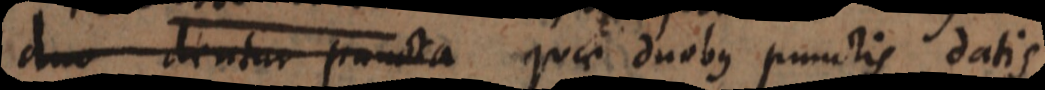
duo dentur puncta quae duobus punctis datis